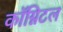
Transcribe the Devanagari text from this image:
कॉग्निटल